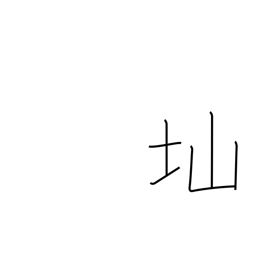
Meaning: steep slope